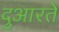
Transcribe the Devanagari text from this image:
दुआरते